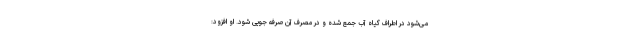
می‌شود در اطراف گیاه آب جمع شده و در مصرف آن صرفه جویی شود. او افزود: